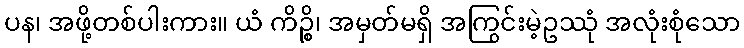
ပန၊ အဖို့တစ်ပါးကား။ ယံ ကိဉ္စိ၊ အမှတ်မရှိ အကြွင်းမဲ့ဥဿုံ အလုံးစုံသော